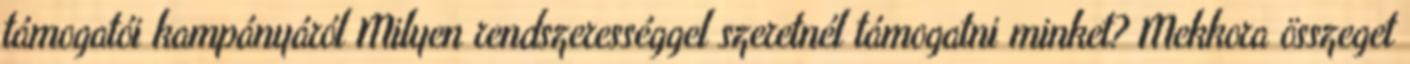
támogatói kampányáról Milyen rendszerességgel szeretnél támogatni minket? Mekkora összeget